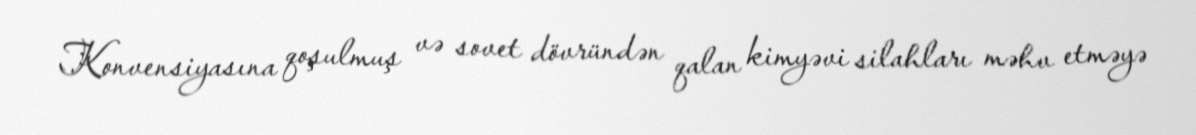
Konvensiyasına qoşulmuş və sovet dövründən qalan kimyəvi silahları məhv etməyə